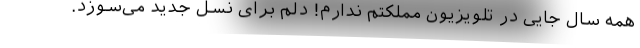
همه سال جایی در تلویزیون مملکتم ندارم! دلم برای نسل جدید می‌سوزد.